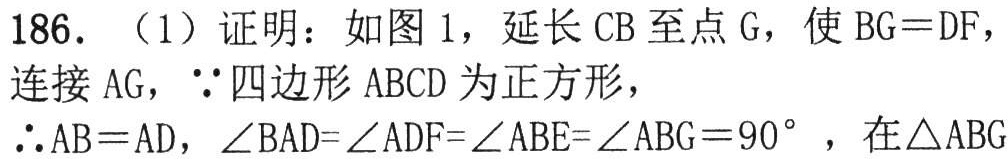
186. （1）证明：如图 1，延长 \(CB\) 至点 \(G\)，使 \(BG = DF\)，连接 \(AG\)，\(\because\) 四边形 \(ABCD\) 为正方形，\(\therefore AB = AD\)，\(\angle BAD=\angle ADF=\angle ABE=\angle ABG = 90^{\circ}\)，在 \(\triangle ABG\)